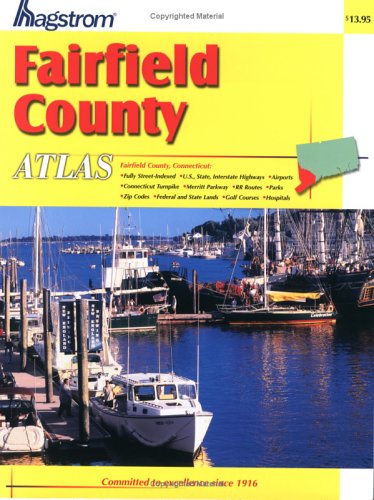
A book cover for Hagstrom Fairfield County Atlas; Hagstrom Map Company; Travel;